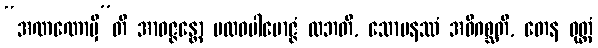
“အဏဏောမှီ”တိ အာဝဇ္ဇန္တော ဗလဝပါမောဇ္ဇံ လဘတိ, သောမနဿံ အဓိဂစ္ဆတိ, တေန ဝုတ္တံ